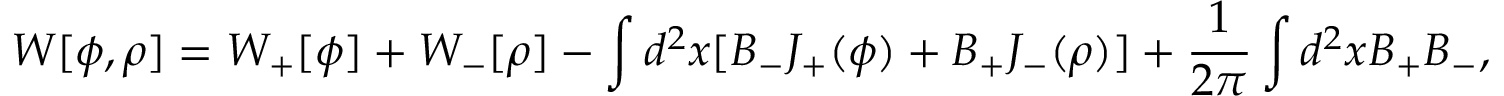
W [ \phi , \rho ] = W _ { + } [ \phi ] + W _ { - } [ \rho ] - \int d ^ { 2 } x [ B _ { - } J _ { + } ( \phi ) + B _ { + } J _ { - } ( \rho ) ] + { \frac { 1 } { 2 \pi } } \int d ^ { 2 } x B _ { + } B _ { - } ,